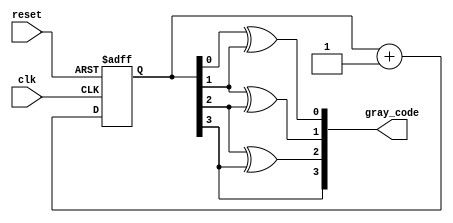
module gray_binary_counter (
    input clk,
    input reset,
    output reg [3:0] gray_code
);

reg [3:0] count_reg;

always @(posedge clk or posedge reset) begin
    if (reset) begin
        count_reg <= 4'b0000;
    end else begin
        count_reg <= count_reg + 1;
    end
end

assign gray_code[0] = count_reg[0] ^ count_reg[1];
assign gray_code[1] = count_reg[1] ^ count_reg[2];
assign gray_code[2] = count_reg[2] ^ count_reg[3];
assign gray_code[3] = count_reg[3];

endmodule